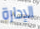
الإدارة